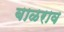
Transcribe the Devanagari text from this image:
बाळराव